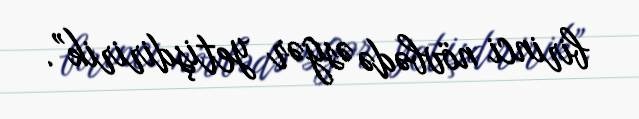
birinci növbədə əsgər yetişdiririk”.